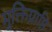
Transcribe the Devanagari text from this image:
मुक्तिप्राप्ति